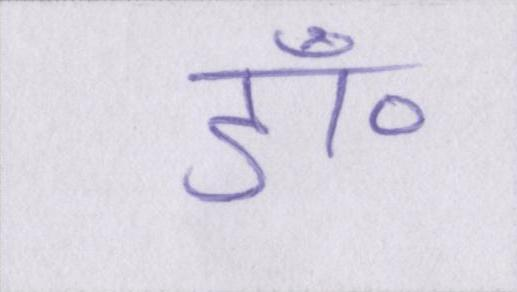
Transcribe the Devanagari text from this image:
डॉ॰